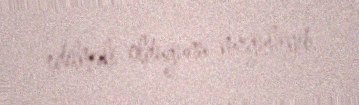
edilməli olduğunu vurğulayib.